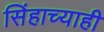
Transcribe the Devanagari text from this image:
सिंहाच्याही